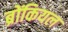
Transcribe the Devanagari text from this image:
ब्रोंकियल